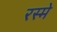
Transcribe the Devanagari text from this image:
रस्मे